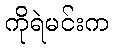
ကိုရဲမင်းက